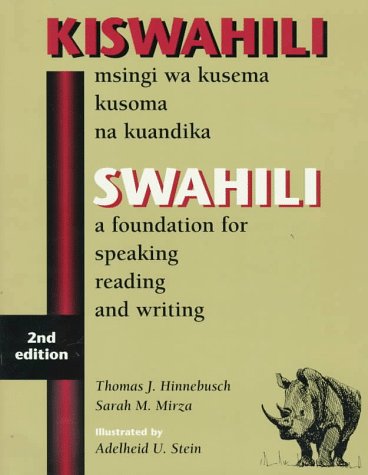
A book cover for Swahili: A Foundation for Speaking, Reading, and Writing - Second Edition; Thomas J. Hinnebusch; Reference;